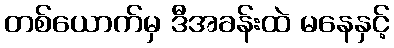
တစ်ယောက်မှ ဒီအခန်းထဲ မနေနှင့်